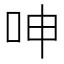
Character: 呻